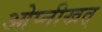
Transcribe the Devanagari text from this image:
ओप्नीखत्